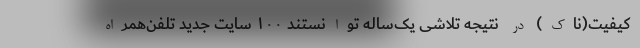
کیفیت(ناک) در نتیجه تلاشی یک‌ساله توانستند ١٠٠ سایت جدید تلفن‌همراه